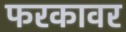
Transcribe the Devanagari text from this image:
फरकावर